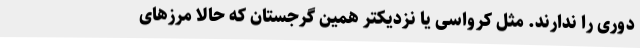
دوری را ندارند. مثل کرواسی یا نزدیکتر همین گرجستان که حالا مرزهای